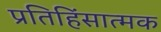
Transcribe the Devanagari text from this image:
प्रतिहिंसात्मक